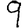
Digit: 9